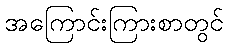
အကြောင်းကြားစာတွင်